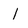
Character: I